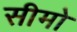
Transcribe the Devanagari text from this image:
सीमो